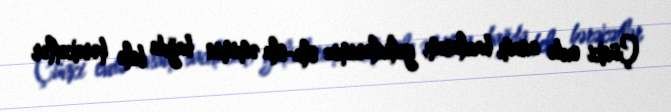
Çünki evdə anam, bacılarım, gəlinlərimiz ola-ola əmimin bağda belə hərəkətlər